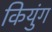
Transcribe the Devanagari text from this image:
कियुंग